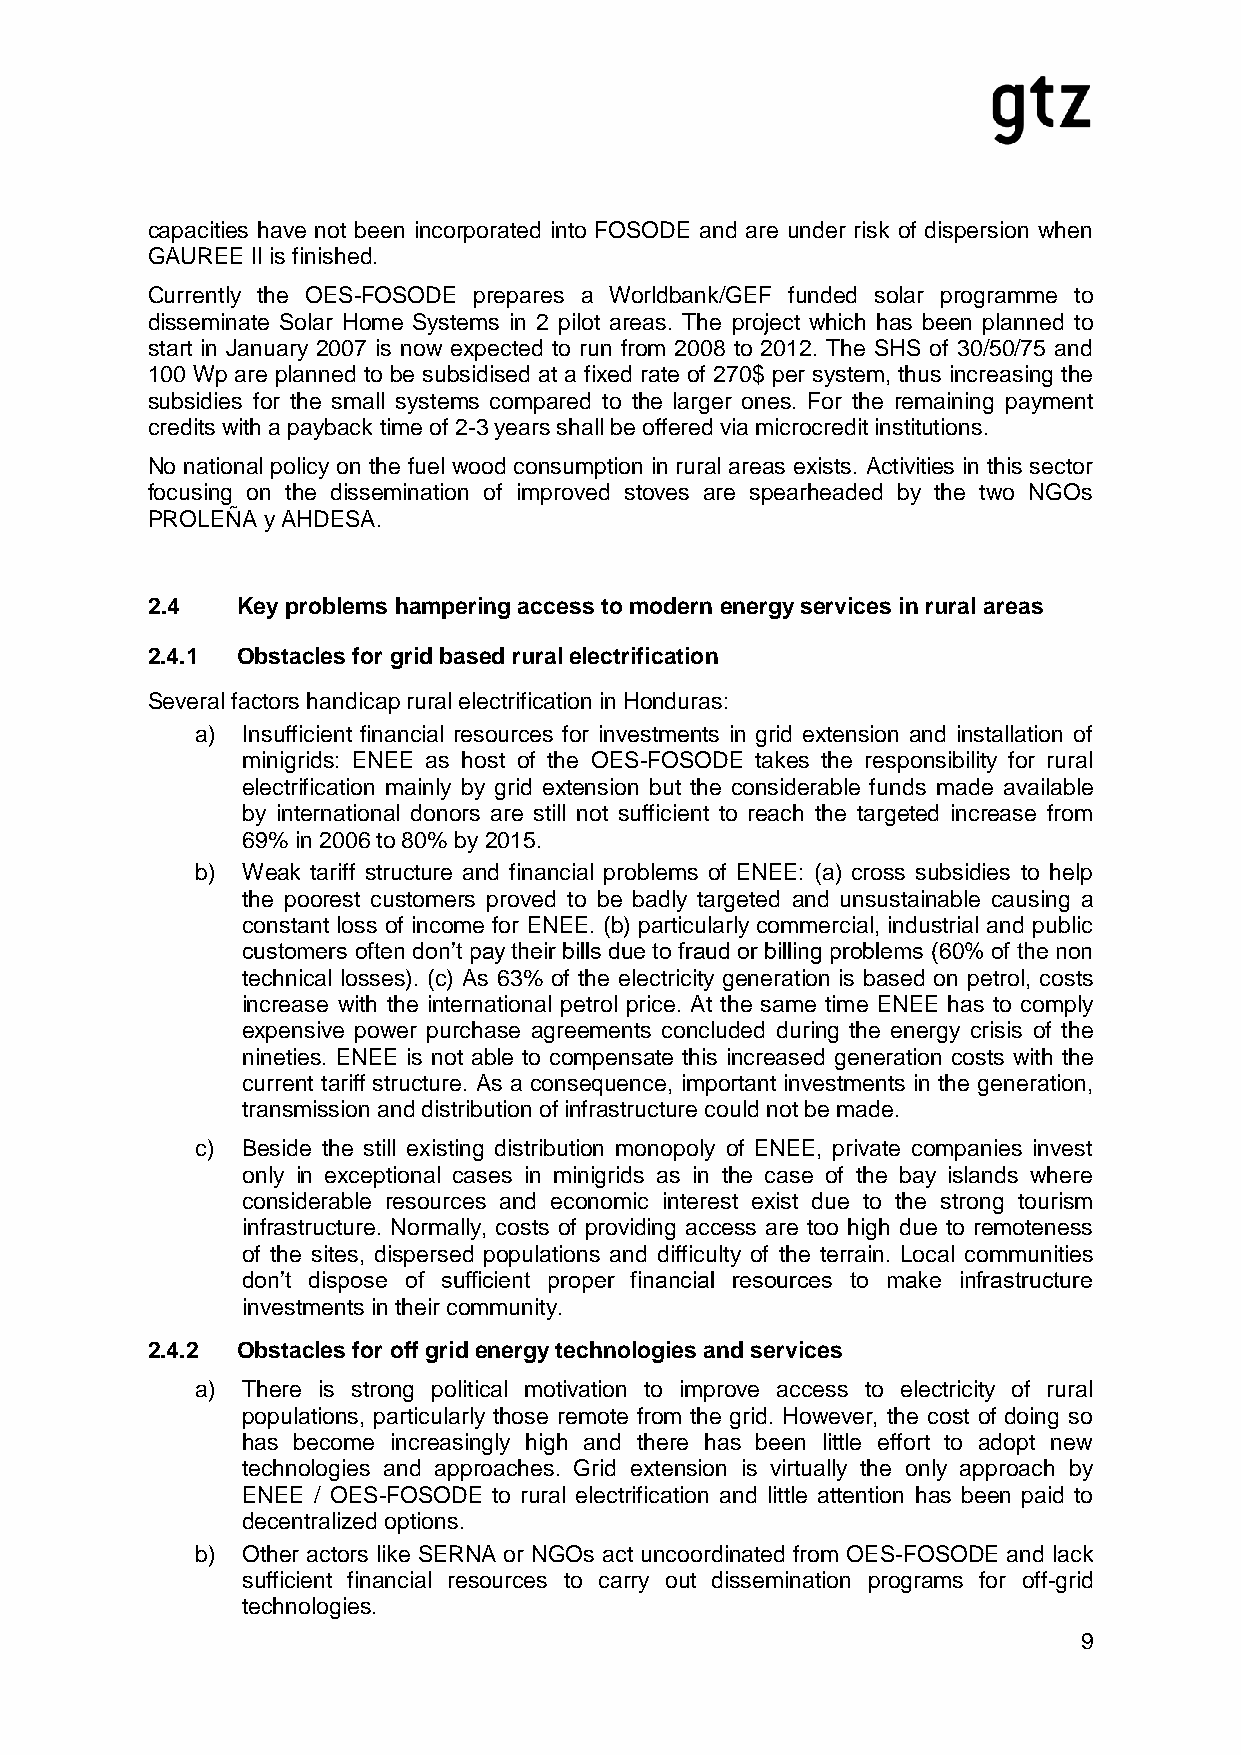
capacities have not been incorporated into FOSODE and are under risk of dispersion when
 GAUREE II is finished.
 Currently the OES-FOSODE prepares a Worldbank/GEF funded solar programme to
 disseminate Solar Home Systems in 2 pilot areas. The project which has been planned to
 start in January 2007 is now expected to run from 2008 to 2012. The SHS of 30/50/75 and
 100 Wp are planned to be subsidised at a fixed rate of 270$ per system, thus increasing the
 subsidies for the small systems compared to the larger ones. For the remaining payment
 credits with a payback time of 2-3 years shall be offered via microcredit institutions.
 No national policy on the fuel wood consumption in rural areas exists. Activities in this sector
 focusing on the dissemination of improved stoves are spearheaded by the two NGOs
 PROLEÑA y AHDESA.
 2.4   Key problems hampering access to modern energy services in rural areas
 2.4.1 Obstacles for grid based rural electrification
 Several factors handicap rural electrification in Honduras:
 a) Insufficient financial resources for investments in grid extension and installation of
 minigrids: ENEE as host of the OES-FOSODE takes the responsibility for rural
 electrification mainly by grid extension but the considerable funds made available
 by international donors are still not sufficient to reach the targeted increase from
 69% in 2006 to 80% by 2015.
 b) Weak tariff structure and financial problems of ENEE: (a) cross subsidies to help
 the poorest customers proved to be badly targeted and unsustainable causing a
 constant loss of income for ENEE. (b) particularly commercial, industrial and public
 customers often don’t pay their bills due to fraud or billing problems (60% of the non
 technical losses). (c) As 63% of the electricity generation is based on petrol, costs
 increase with the international petrol price. At the same time ENEE has to comply
 expensive power purchase agreements concluded during the energy crisis of the
 nineties. ENEE is not able to compensate this increased generation costs with the
 current tariff structure. As a consequence, important investments in the generation,
 transmission and distribution of infrastructure could not be made.
 c) Beside the still existing distribution monopoly of ENEE, private companies invest
 only in exceptional cases in minigrids as in the case of the bay islands where
 considerable resources and economic interest exist due to the strong tourism
 infrastructure. Normally, costs of providing access are too high due to remoteness
 of the sites, dispersed populations and difficulty of the terrain. Local communities
 don’t dispose of sufficient proper financial resources to make infrastructure
 investments in their community.
 2.4.2 Obstacles for off grid energy technologies and services
 a) There is strong political motivation to improve access to electricity of rural
 populations, particularly those remote from the grid. However, the cost of doing so
 has become increasingly high and there has been little effort to adopt new
 technologies and approaches. Grid extension is virtually the only approach by
 ENEE / OES-FOSODE to rural electrification and little attention has been paid to
 decentralized options.
 b) Other actors like SERNA or NGOs act uncoordinated from OES-FOSODE and lack
 sufficient financial resources to carry out dissemination programs for off-grid
 technologies.
 9